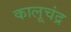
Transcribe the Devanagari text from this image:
कालूचंद्र